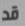
قد